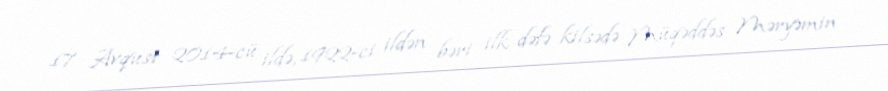
17 Avqust 2014-cü ildə, 1922-ci ildən bəri ilk dəfə kilsədə Müqəddəs Məryəmin